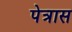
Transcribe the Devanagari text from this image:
पेत्रास